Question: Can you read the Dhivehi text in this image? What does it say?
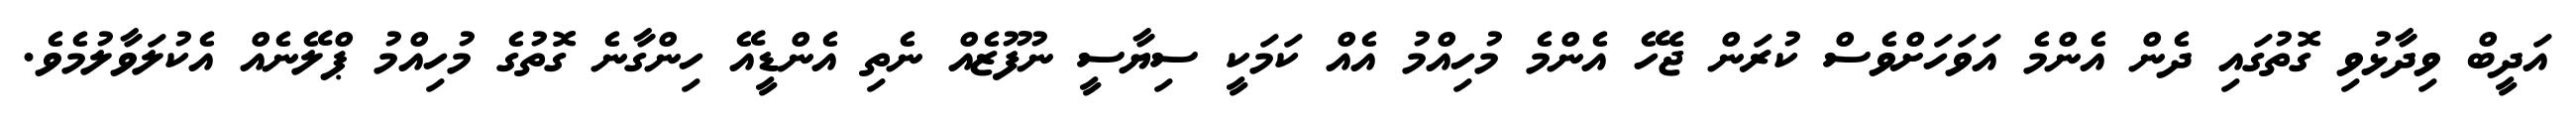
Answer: އަދީބް ވިދާޅުވި ގޮތުގައި ދެން އެންމެ އަވަހަށްވެސް ކުރަން ޖެހޭ އެންމެ މުހިއްމު އެއް ކަމަކީ ސިޔާސީ ނުފޫޒެއް ނެތި އެންޑީއޭ ހިންގާނެ ގޮތުގެ މުހިއްމު ޕްލޭނެއް އެކުލަވާލުމެވެ.